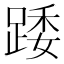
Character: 踒